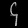
Digit: ၄